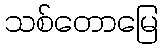
သစ်တောမြေ